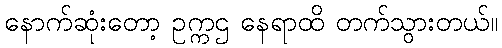
နောက်ဆုံးတော့ ဥက္ကဌ နေရာထိ တက်သွားတယ်။